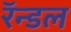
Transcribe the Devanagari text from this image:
रॅन्डल